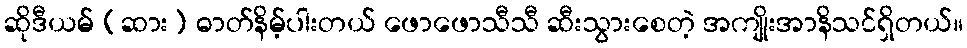
ဆိုဒီယမ် (ဆား) ဓာတ်နိမ့်ပါးတယ် ဖောဖောသီသီ ဆီးသွားစေတဲ့ အကျိုးအာနိသင်ရှိတယ်။